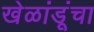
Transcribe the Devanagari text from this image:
खेळांडूंचा